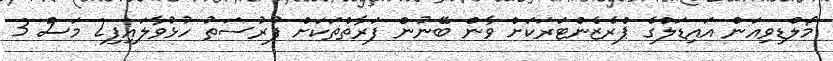
މޯލްޑިވިއަން އައިޑަލްގެ ޕްރެޒެންޓަރަކަށް ވާން ބޭނުން ފަރާތްތަކަށް ފުރުސަތު ހުޅުވާލައިފި2 މަސް 3